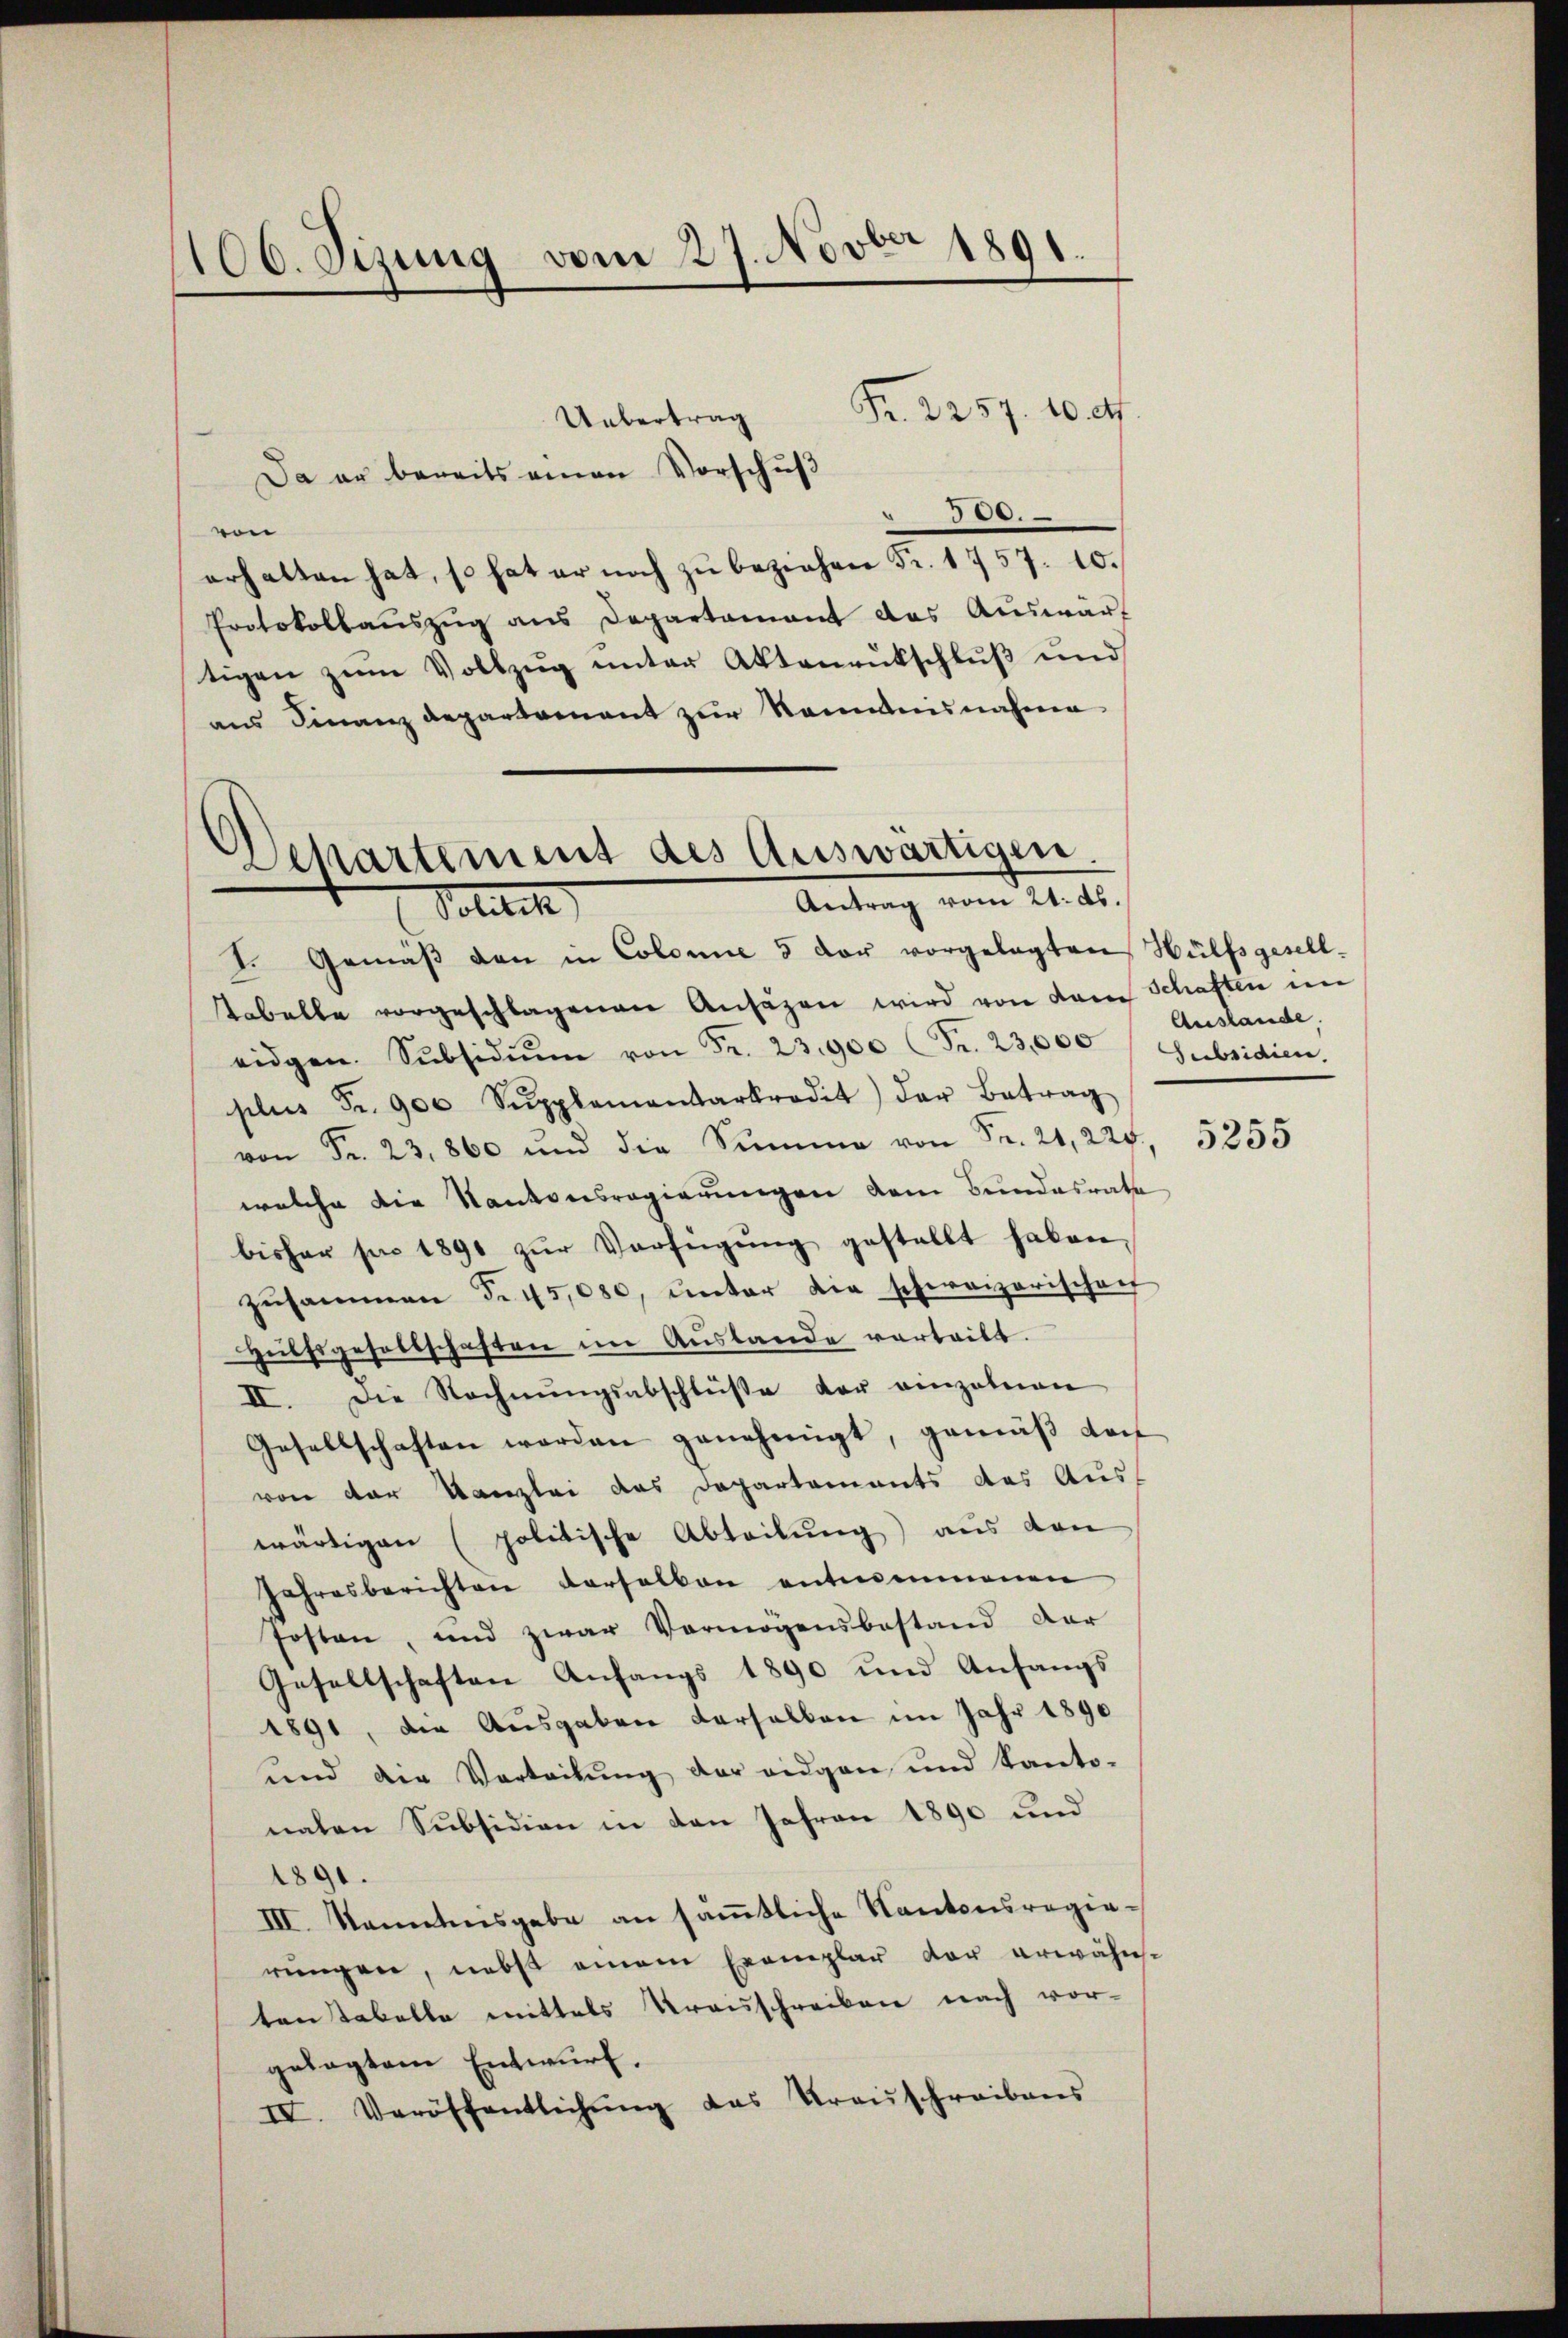
100. Sizung vom 27. Novber 1891.

Fr. 2257. 10. d.
Uebertrag
Da er bereits einen Vorschuß
500.
vin
erhalten hat, so hat er noch zŭ beziehen Fr. 1757. 10.
Protokollaŭszŭg ans Departamant das Auswärt
tigen zum Vollzug unter Aktenrutschluß und
aus Finanz Departement zur Nemmnisnahme

Departement des Auswärtigen.
Antrag vom 21. ds.
Politik

I. Gemäβ den in Colonie 5 vor vorgelegten Hülfsgesell-
Tabelle vorgeschlagenen Ansäzen wird von dem Schaften im
eidgen. Subsidiŭm von Fr. 23.900 Fr. 23,000 Subsidien,
plus Fr. 900 Supplementarkredit der Betrag
 Fr. 23,800 und die Summe von Fr. 21, 224, 5255
welche die Kantonsregierungen dem Bundesrate
bisher pro 1891 zŭr Verfügŭng gestellt haben,
zusammen d. 45,080, unter die schweizerischaf
Hülfsgesellschaften im Auslande vortritt.
II. Die Rechnungsabschlüße der einzelnen
Gesellschaften werden genehmigt, gemäß der
von der Kanzlei das Departements das Aus-
wärtigen (politische Abteilŭng aus den
Jahresberichten verselben entnommenen
fosten, und zwar Vermögensbestand dar
Gesellschaften Anfangs 1890 und Anfangs
1891, die Ausgaben derselben im Jahr 1890
und die Vertribung der eidgen und Kantonahen Subsidion in den Jahren 1890 und
1891.
III. Kanntesgabe an säṁtliche Kantonsregierungen, nebst einem Exemplar der erwähn-
tanstabelle mittels Urauschreiben nach vor-
gelegtem Entwurf.
IV. Veröffentlichŭng das Fraŭschreibens

Auslande,